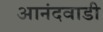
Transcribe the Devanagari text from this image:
आनंदवाडी